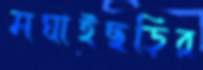
মঘাইছড়ির